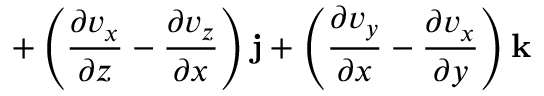
+ \left( { \frac { \partial v _ { x } } { \partial z } } - { \frac { \partial v _ { z } } { \partial x } } \right) \mathbf { j } + \left( { \frac { \partial v _ { y } } { \partial x } } - { \frac { \partial v _ { x } } { \partial y } } \right) \mathbf { k }